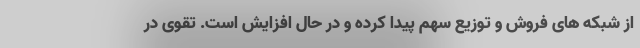
از شبکه های فروش و توزیع سهم پیدا کرده و در حال افزایش است. تقوی در